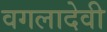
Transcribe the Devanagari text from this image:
वगलादेवी